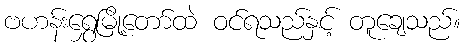
ဗဟန်းရွှေမြို့တော်ထဲ ဝင်ရသည်နှင့် တူချေသည်။